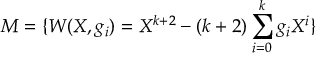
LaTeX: M = \{ W ( X , g _ { i } ) = X ^ { k + 2 } - ( k + 2 ) \sum _ { i = 0 } ^ { k } g _ { i } X ^ { i } \}